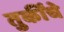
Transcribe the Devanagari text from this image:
तुर्कींचे